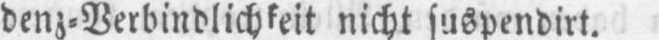
nicht suspendirt.